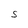
Character: S